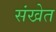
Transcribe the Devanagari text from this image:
संखेत